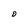
Character: O